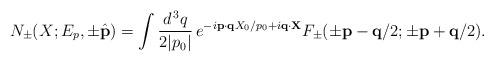
LaTeX: \begin{align*}N_\pm (X; E_p, \pm \hat{\bf p}) = \int \frac{d^{\, 3} q}{2 |p_0|} \, e^{- i {\bf p} \cdot {\bf q} X_0 / p_0 + i {\bf q} \cdot {\bf X}} F_\pm (\pm {\bf p} - {\bf q} / 2; \pm {\bf p} + {\bf q} / 2) .\end{align*}